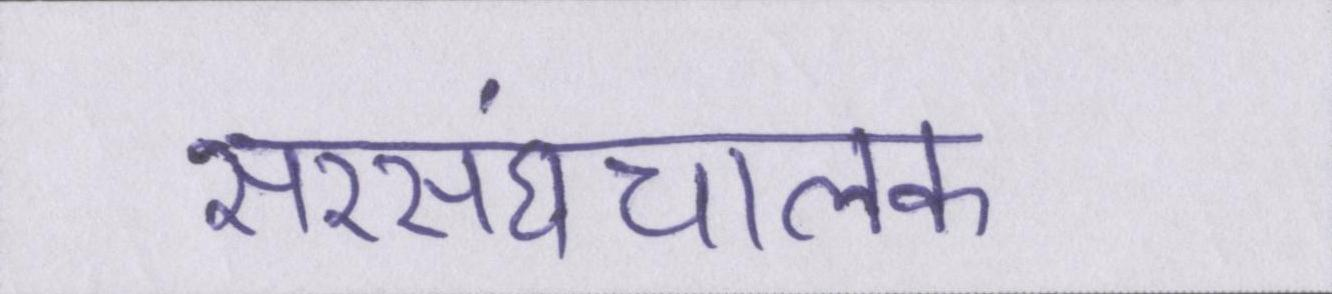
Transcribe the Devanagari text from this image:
सरसंघचालक